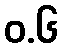
ဝ.၆